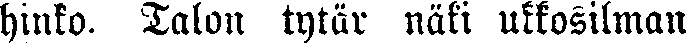
hinko. Talon tytär näki ukkosilman